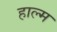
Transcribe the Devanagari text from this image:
हाल्म